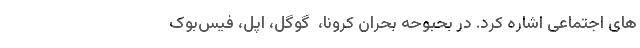
های اجتماعی اشاره کرد. در بحبوحه بحران کرونا، ‌ گوگل، اپل، فیس‌بوک